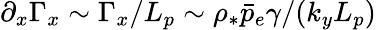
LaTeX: \partial_{x}\Gamma_{x}\sim\Gamma_{x}/L_{p}\sim\rho_{*}\bar{p}_{e}\gamma/(k_{y}L_{p})